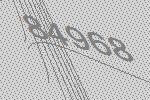
84968